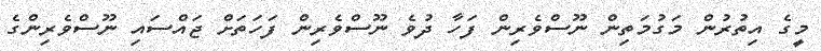
މީގެ އިތުރުން މަގުމަތިން ނޫސްވެރިން ފަހާ ދުވެ ނޫސްވެރިން ފަހަތަށް ޖައްސައި ނޫސްވެރިންގެ